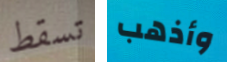
تسقط وأذهب